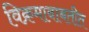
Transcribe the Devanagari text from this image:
विक्रमाबाबतीत